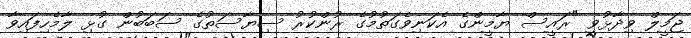
ޖަމީލް ވިދާޅުވީ "ރައީސް ޔާމީންގެ އެކަނިވެގަތުމުގެ ރުންކުރު ސިޔާސަތުގެ ސަބަބުން ގުޅި ލާމެހިފައިވާ